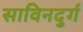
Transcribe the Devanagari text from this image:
साविनदुर्ग